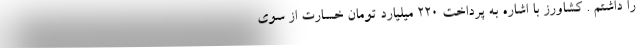
را داشتم . کشاورز با اشاره به پرداخت 220 میلیارد تومان خسارت از سوی